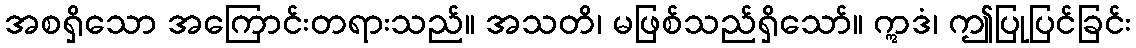
အစရှိသော အကြောင်းတရားသည်။ အသတိ၊ မဖြစ်သည်ရှိသော်။ ဣဒံ၊ ဤပြုပြင်ခြင်း